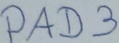
Text: PAD3